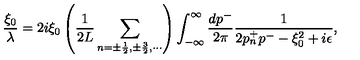
{ \frac { \xi _ { 0 } } { \lambda } } = 2 i \xi _ { 0 } \left( { \frac { 1 } { 2 L } } \sum _ { n = \pm \frac { 1 } { 2 } , \pm \frac { 3 } { 2 } , \cdots } \right) \int _ { - \infty } ^ { \infty } { \frac { d p ^ { - } } { 2 \pi } } { \frac { 1 } { 2 p _ { n } ^ { + } p ^ { - } - \xi _ { 0 } ^ { 2 } + i \epsilon } } ,